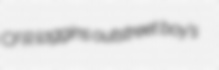
CFR laggins outstreet boy's